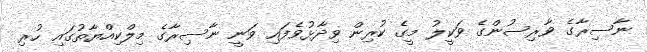
ނާސިރާގެ ވާރިސުންގެ ވަކީލު މީގެ ކުރިން ވިދާޅުވެފައި ވަނީ ނާސިރާގެ މިލްކިއްޔާތުގައި ހުރި